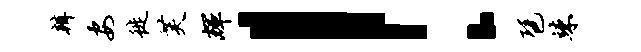
辨安徙芙辉！琶竦